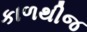
કાળથીજ